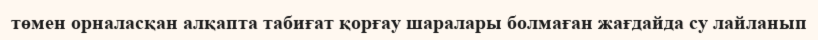
төмен орналасқан алқапта табиғат қорғау шаралары болмаған жағдайда су лайланып